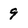
Character: 9